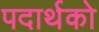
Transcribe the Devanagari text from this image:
पदार्थको